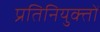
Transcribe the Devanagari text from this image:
प्रतिनियुक्तों